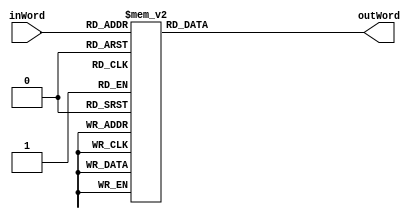
module sevSegDisp( input[3:0] inWord, output reg [6:0] outWord );

always@(*) begin
	
	case( inWord ) 
	0: outWord <= ~7'b1111110;
	1: outWord <= ~7'b0110000;
	2: outWord <= ~7'b1101101;
	3: outWord <= ~7'b1111001;
	4: outWord <= ~7'b0110011;
	5: outWord <= ~7'b1011011;
	6: outWord <= ~7'b1011111;
	7: outWord <= ~7'b1110010;
	8: outWord <= ~7'b1111111;
	9: outWord <= ~7'b1110011;
	10: outWord <= ~7'b1110111;
	11: outWord <= ~7'b0011111;
	12: outWord <= ~7'b1001110;
	13: outWord <= ~7'b0111101;
	14: outWord <= ~7'b1001111;
	15: outWord <= ~7'b1000111;
	default: outWord <= ~7'b0001101; 

	endcase

end

endmodule